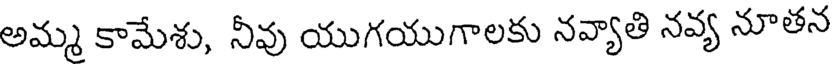
అమ్మ కామేశు, నీవు యుగయుగాలకు నవ్యాతి నవ్య నూతన